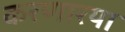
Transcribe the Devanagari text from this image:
करणारया